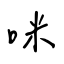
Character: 咪